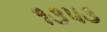
૧૩૫૩